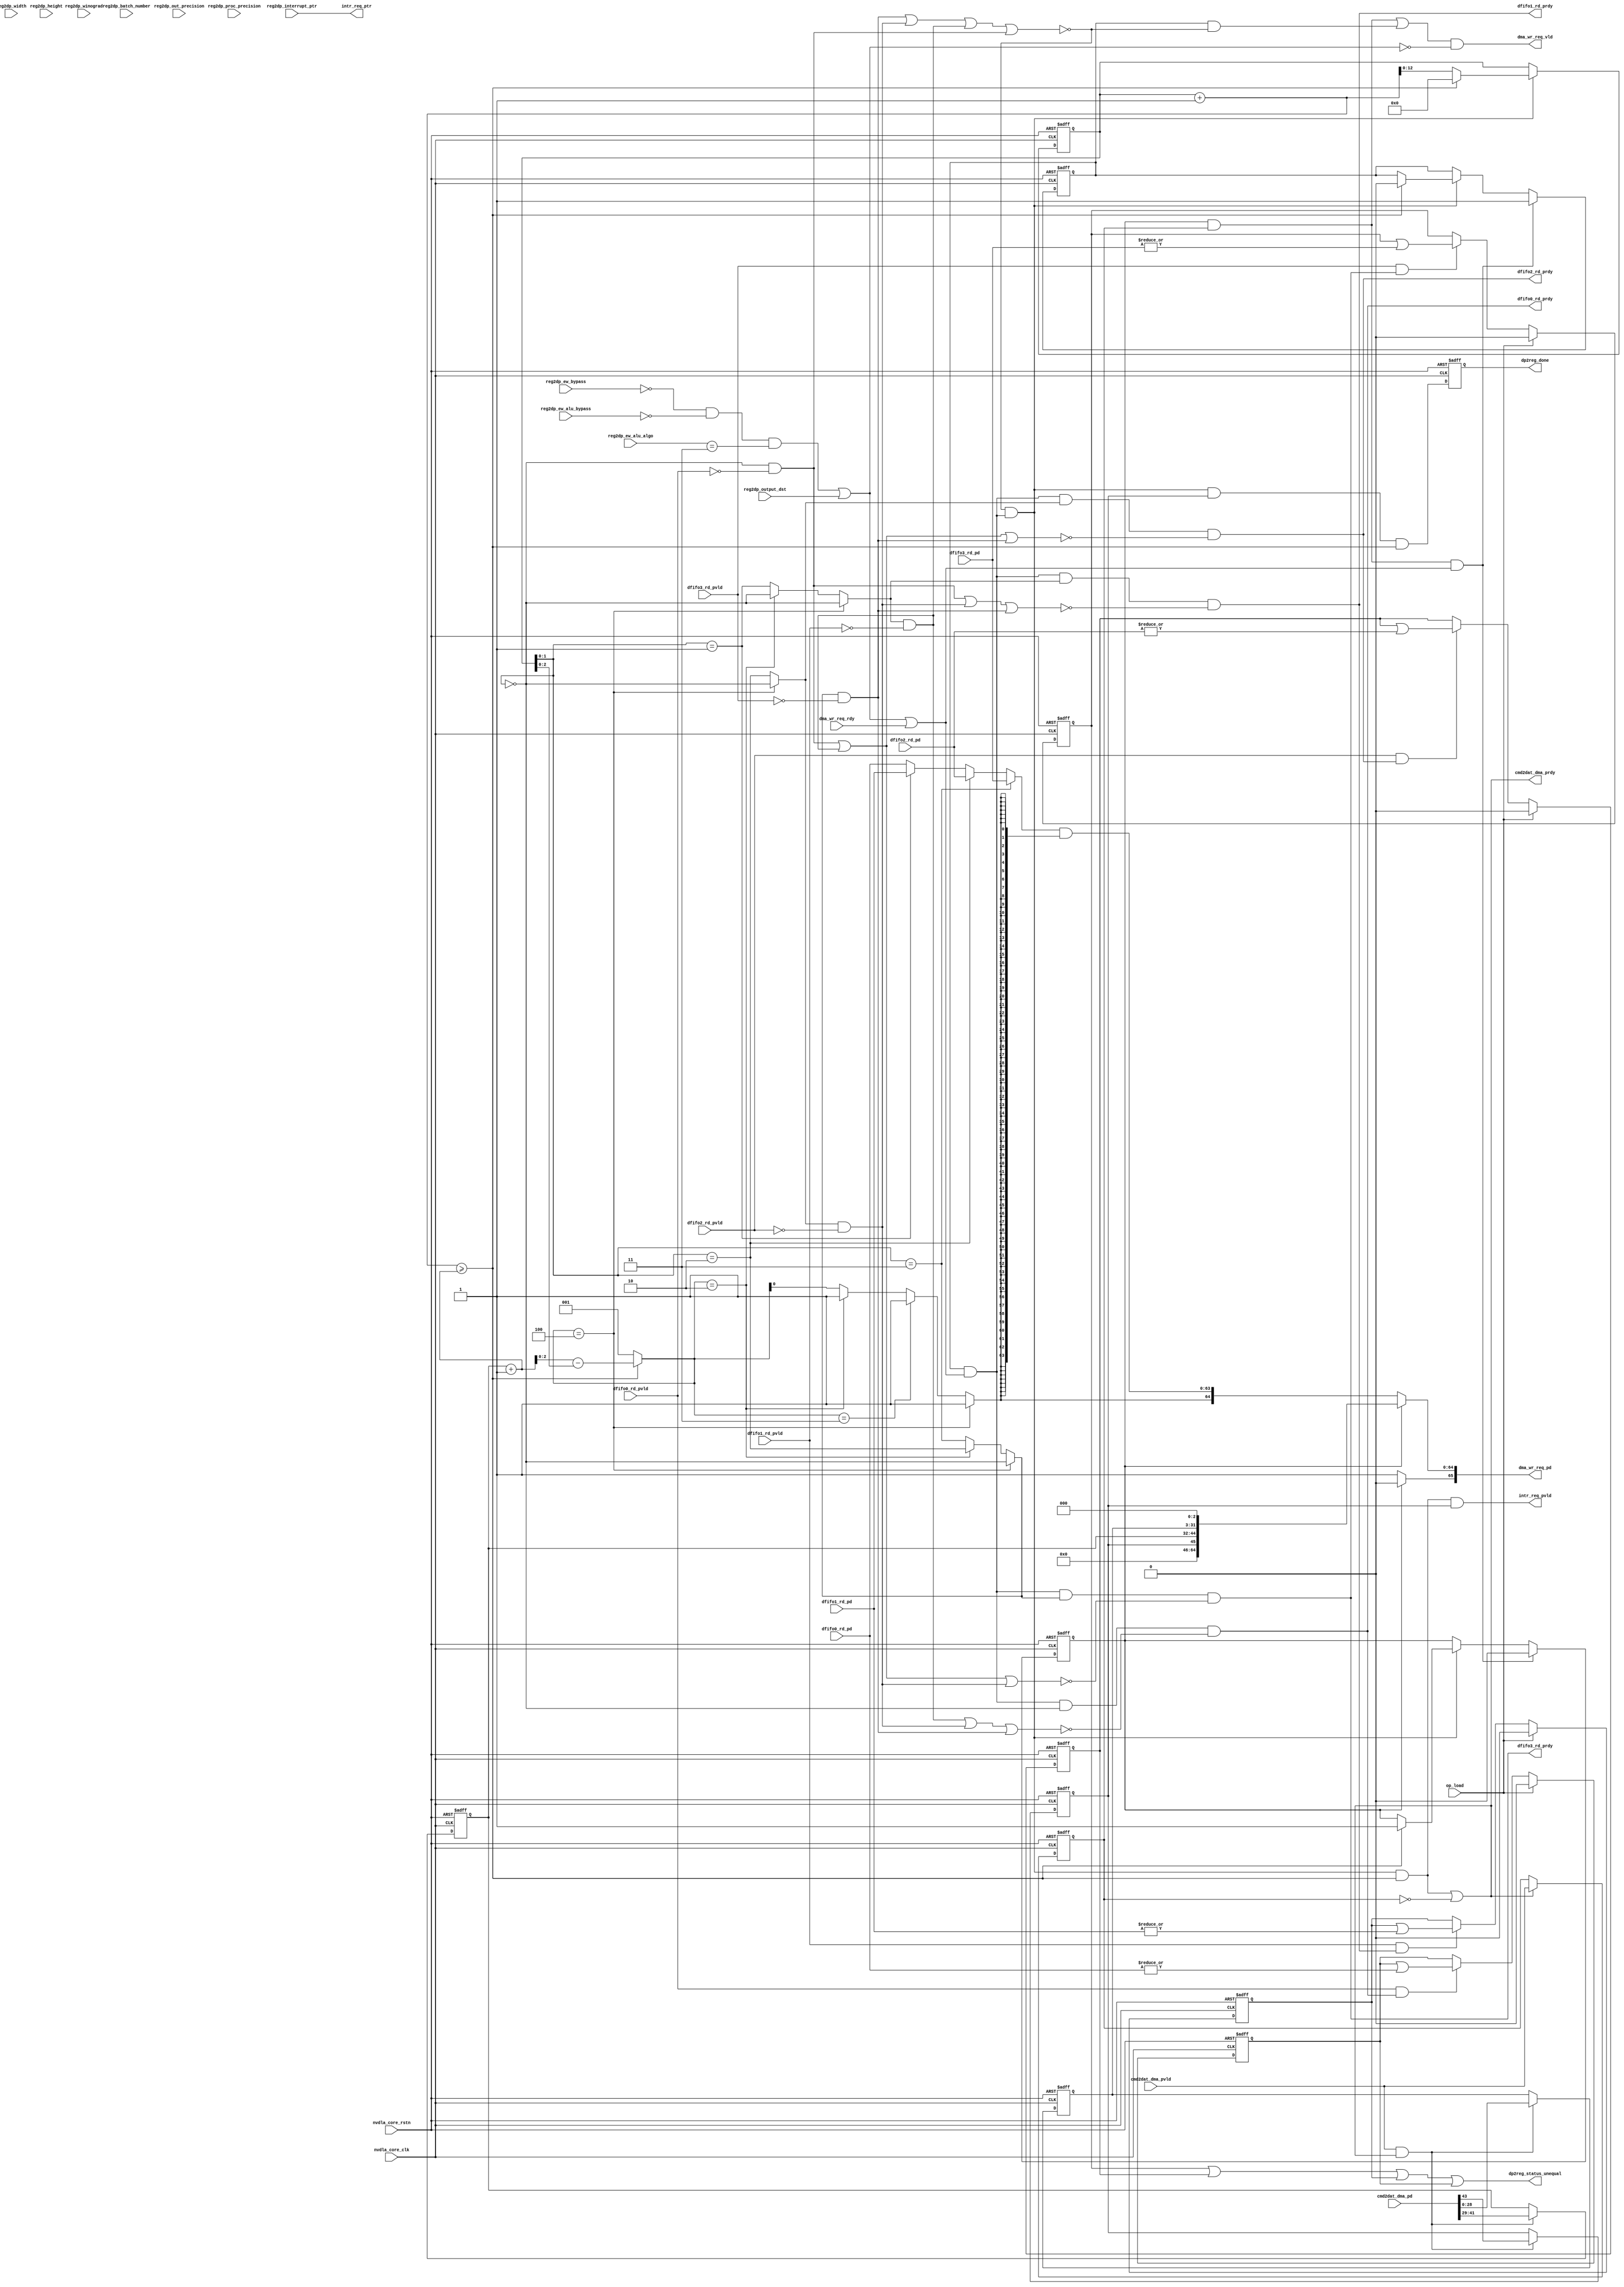
module NV_NVDLA_SDP_WDMA_DAT_out (
   nvdla_core_clk
  ,nvdla_core_rstn
  ,op_load
  ,cmd2dat_dma_pd
  ,cmd2dat_dma_pvld
  ,cmd2dat_dma_prdy
  ,dma_wr_req_pd
  ,dma_wr_req_vld
  ,dma_wr_req_rdy
  ,dfifo0_rd_pd
  ,dfifo0_rd_pvld
  ,dfifo1_rd_pd
  ,dfifo1_rd_pvld
  ,dfifo2_rd_pd
  ,dfifo2_rd_pvld
  ,dfifo3_rd_pd
  ,dfifo3_rd_pvld
  ,dfifo0_rd_prdy
  ,dfifo1_rd_prdy
  ,dfifo2_rd_prdy
  ,dfifo3_rd_prdy
  ,reg2dp_batch_number
  ,reg2dp_winograd
  ,reg2dp_height
  ,reg2dp_width
  ,reg2dp_output_dst
  ,reg2dp_ew_alu_algo
  ,reg2dp_ew_alu_bypass
  ,reg2dp_ew_bypass
  ,reg2dp_out_precision
  ,reg2dp_proc_precision
  ,reg2dp_interrupt_ptr
  ,dp2reg_done
  ,dp2reg_status_unequal
  ,intr_req_ptr
  ,intr_req_pvld
  );
//
// NV_NVDLA_SDP_WDMA_DAT_out_ports.v
//
input nvdla_core_clk;
input nvdla_core_rstn;
input op_load;
input dma_wr_req_rdy;
output [66 -1:0] dma_wr_req_pd;
output dma_wr_req_vld;
input cmd2dat_dma_pvld;
output cmd2dat_dma_prdy;
input [32 -3 +13 +1:0] cmd2dat_dma_pd;
input dfifo0_rd_pvld;
output dfifo0_rd_prdy;
input [8*8 -1:0] dfifo0_rd_pd;
input dfifo1_rd_pvld;
output dfifo1_rd_prdy;
input [8*8 -1:0] dfifo1_rd_pd;
input dfifo2_rd_pvld;
output dfifo2_rd_prdy;
input [8*8 -1:0] dfifo2_rd_pd;
input dfifo3_rd_pvld;
output dfifo3_rd_prdy;
input [8*8 -1:0] dfifo3_rd_pd;
input [4:0] reg2dp_batch_number;
input [1:0] reg2dp_ew_alu_algo;
input reg2dp_ew_alu_bypass;
input reg2dp_ew_bypass;
input [12:0] reg2dp_height;
input reg2dp_interrupt_ptr;
input [1:0] reg2dp_out_precision;
input reg2dp_output_dst;
input [1:0] reg2dp_proc_precision;
input [12:0] reg2dp_width;
input reg2dp_winograd;
output dp2reg_done;
output dp2reg_status_unequal;
output intr_req_ptr;
output intr_req_pvld;
reg [32 -3 -1:0] cmd_addr;
reg cmd_cube_end;
reg cmd_en;
reg [12:0] cmd_size;
reg cmd_vld;
reg dat_en;
reg dfifo0_unequal;
reg dfifo1_unequal;
reg dfifo2_unequal;
reg dfifo3_unequal;
reg [66 -1:0] dma_wr_req_pd;
reg dp2reg_done;
wire cfg_di_int8;
wire cfg_do_int16;
wire cfg_mode_1x1_pack;
wire cfg_mode_batch;
wire cfg_mode_eql;
wire cfg_mode_pdp;
wire cfg_mode_quite;
wire cfg_mode_winog;
wire [32 -3 -1:0] cmd2dat_dma_addr;
wire cmd2dat_dma_cube_end;
wire cmd2dat_dma_odd;
wire [12:0] cmd2dat_dma_size;
wire cmd_accept;
wire cmd_rdy;
wire dat_accept;
wire [4*8*8 -1:0] dat_pd;
wire dat_rdy;
wire dat_vld;
wire [32 -1:0] dma_wr_cmd_addr;
wire [32 +13:0] dma_wr_cmd_pd;
wire dma_wr_cmd_require_ack;
wire [12:0] dma_wr_cmd_size;
wire dma_wr_cmd_vld;
wire [64 -1:0] dma_wr_dat_data;
wire [3:0] dma_wr_dat_mask;
wire [66 -2:0] dma_wr_dat_pd;
wire dma_wr_dat_vld;
wire dma_wr_rdy;
wire is_last_beat;
wire layer_done;
wire [13:0] size_of_beat;
reg [12:0] beat_count;
wire [13:0] beat_count_nxt;
reg mon_beat_count;
wire [13:0] remain_beat;
wire mon_remain_beat;
wire [2:0] dfifo_rd_size;
assign cfg_mode_batch = (reg2dp_batch_number!=0);
assign cfg_mode_winog = reg2dp_winograd== 1'h1 ;
assign cfg_mode_eql = (reg2dp_ew_bypass== 1'h0 )
                      & (reg2dp_ew_alu_bypass== 1'h0 )
                      & (reg2dp_ew_alu_algo== 2'h3 );
assign cfg_mode_pdp = reg2dp_output_dst== 1'h1 ;
assign cfg_mode_quite = cfg_mode_eql | cfg_mode_pdp;
assign cfg_di_int8 = reg2dp_proc_precision == 0 ;
assign cfg_do_int16 = reg2dp_out_precision == 1 ;
assign cfg_mode_1x1_pack = (reg2dp_width==0) & (reg2dp_height==0);
//pop command data
assign cmd2dat_dma_addr[32 -3 -1:0] = cmd2dat_dma_pd[32 -3 -1:0];
assign cmd2dat_dma_size[12:0] = cmd2dat_dma_pd[32 -3 +13 -1:32 -3];
assign cmd2dat_dma_odd = cmd2dat_dma_pd[32 -3 +13];
assign cmd2dat_dma_cube_end = cmd2dat_dma_pd[32 -3 +13 +1];
assign cmd2dat_dma_prdy = cmd_rdy || !cmd_vld;
assign cmd_rdy = dat_accept & is_last_beat;
always @(posedge nvdla_core_clk or negedge nvdla_core_rstn) begin
  if (!nvdla_core_rstn) begin
    cmd_vld <= 1'b0;
  end else begin
  if ((cmd2dat_dma_prdy) == 1'b1) begin
    cmd_vld <= cmd2dat_dma_pvld;
//end else if ((cmd2dat_dma_prdy) == 1'b0) begin
//end else begin
// cmd_vld <= 1'bx;
  end
  end
end
`ifdef SPYGLASS_ASSERT_ON
`else
// spyglass disable_block NoWidthInBasedNum-ML
// spyglass disable_block STARC-2.10.3.2a
// spyglass disable_block STARC05-2.1.3.1
// spyglass disable_block STARC-2.1.4.6
// spyglass disable_block W116
// spyglass disable_block W154
// spyglass disable_block W239
// spyglass disable_block W362
// spyglass disable_block WRN_58
// spyglass disable_block WRN_61
`endif // SPYGLASS_ASSERT_ON
`ifdef ASSERT_ON
`ifdef FV_ASSERT_ON
`define ASSERT_RESET nvdla_core_rstn
`else
`ifdef SYNTHESIS
`define ASSERT_RESET nvdla_core_rstn
`else
`ifdef ASSERT_OFF_RESET_IS_X
`define ASSERT_RESET ((1'bx === nvdla_core_rstn) ? 1'b0 : nvdla_core_rstn)
`else
`define ASSERT_RESET ((1'bx === nvdla_core_rstn) ? 1'b1 : nvdla_core_rstn)
`endif // ASSERT_OFF_RESET_IS_X
`endif // SYNTHESIS
`endif // FV_ASSERT_ON
`ifndef SYNTHESIS
// VCS coverage off
  nv_assert_no_x #(0,1,0,"No X's allowed on control signals") zzz_assert_no_x_1x (nvdla_core_clk, `ASSERT_RESET, 1'd1, (^(cmd2dat_dma_prdy))); // spyglass disable W504 SelfDeterminedExpr-ML 
// VCS coverage on
`endif
`undef ASSERT_RESET
`endif // ASSERT_ON
`ifdef SPYGLASS_ASSERT_ON
`else
// spyglass enable_block NoWidthInBasedNum-ML
// spyglass enable_block STARC-2.10.3.2a
// spyglass enable_block STARC05-2.1.3.1
// spyglass enable_block STARC-2.1.4.6
// spyglass enable_block W116
// spyglass enable_block W154
// spyglass enable_block W239
// spyglass enable_block W362
// spyglass enable_block WRN_58
// spyglass enable_block WRN_61
`endif // SPYGLASS_ASSERT_ON
always @(posedge nvdla_core_clk or negedge nvdla_core_rstn) begin
  if (!nvdla_core_rstn) begin
    cmd_size <= {13{1'b0}};
  end else begin
  if ((cmd2dat_dma_pvld & cmd2dat_dma_prdy) == 1'b1) begin
    cmd_size <= cmd2dat_dma_size;
// VCS coverage off
//end else if ((cmd2dat_dma_pvld & cmd2dat_dma_prdy) == 1'b0) begin
//end else begin
// cmd_size <= 13'bx; // spyglass disable STARC-2.10.1.6 W443 NoWidthInBasedNum-ML -- (Constant containing x or z used, Based number `bx contains an X, Width specification missing for based number)
// VCS coverage on
  end
  end
end
`ifdef SPYGLASS_ASSERT_ON
`else
// spyglass disable_block NoWidthInBasedNum-ML
// spyglass disable_block STARC-2.10.3.2a
// spyglass disable_block STARC05-2.1.3.1
// spyglass disable_block STARC-2.1.4.6
// spyglass disable_block W116
// spyglass disable_block W154
// spyglass disable_block W239
// spyglass disable_block W362
// spyglass disable_block WRN_58
// spyglass disable_block WRN_61
`endif // SPYGLASS_ASSERT_ON
`ifdef ASSERT_ON
`ifdef FV_ASSERT_ON
`define ASSERT_RESET nvdla_core_rstn
`else
`ifdef SYNTHESIS
`define ASSERT_RESET nvdla_core_rstn
`else
`ifdef ASSERT_OFF_RESET_IS_X
`define ASSERT_RESET ((1'bx === nvdla_core_rstn) ? 1'b0 : nvdla_core_rstn)
`else
`define ASSERT_RESET ((1'bx === nvdla_core_rstn) ? 1'b1 : nvdla_core_rstn)
`endif // ASSERT_OFF_RESET_IS_X
`endif // SYNTHESIS
`endif // FV_ASSERT_ON
`ifndef SYNTHESIS
// VCS coverage off
  nv_assert_no_x #(0,1,0,"No X's allowed on control signals") zzz_assert_no_x_2x (nvdla_core_clk, `ASSERT_RESET, 1'd1, (^(cmd2dat_dma_pvld & cmd2dat_dma_prdy))); // spyglass disable W504 SelfDeterminedExpr-ML 
// VCS coverage on
`endif
`undef ASSERT_RESET
`endif // ASSERT_ON
`ifdef SPYGLASS_ASSERT_ON
`else
// spyglass enable_block NoWidthInBasedNum-ML
// spyglass enable_block STARC-2.10.3.2a
// spyglass enable_block STARC05-2.1.3.1
// spyglass enable_block STARC-2.1.4.6
// spyglass enable_block W116
// spyglass enable_block W154
// spyglass enable_block W239
// spyglass enable_block W362
// spyglass enable_block WRN_58
// spyglass enable_block WRN_61
`endif // SPYGLASS_ASSERT_ON
always @(posedge nvdla_core_clk or negedge nvdla_core_rstn) begin
  if (!nvdla_core_rstn) begin
    cmd_addr <= {(32 -3){1'b0}};
  end else begin
  if ((cmd2dat_dma_pvld & cmd2dat_dma_prdy) == 1'b1) begin
    cmd_addr <= cmd2dat_dma_addr;
// VCS coverage off
  end
  end
end
`ifdef SPYGLASS_ASSERT_ON
`else
// spyglass disable_block NoWidthInBasedNum-ML
// spyglass disable_block STARC-2.10.3.2a
// spyglass disable_block STARC05-2.1.3.1
// spyglass disable_block STARC-2.1.4.6
// spyglass disable_block W116
// spyglass disable_block W154
// spyglass disable_block W239
// spyglass disable_block W362
// spyglass disable_block WRN_58
// spyglass disable_block WRN_61
`endif // SPYGLASS_ASSERT_ON
`ifdef ASSERT_ON
`ifdef FV_ASSERT_ON
`define ASSERT_RESET nvdla_core_rstn
`else
`ifdef SYNTHESIS
`define ASSERT_RESET nvdla_core_rstn
`else
`ifdef ASSERT_OFF_RESET_IS_X
`define ASSERT_RESET ((1'bx === nvdla_core_rstn) ? 1'b0 : nvdla_core_rstn)
`else
`define ASSERT_RESET ((1'bx === nvdla_core_rstn) ? 1'b1 : nvdla_core_rstn)
`endif // ASSERT_OFF_RESET_IS_X
`endif // SYNTHESIS
`endif // FV_ASSERT_ON
`ifndef SYNTHESIS
// VCS coverage off
  nv_assert_no_x #(0,1,0,"No X's allowed on control signals") zzz_assert_no_x_3x (nvdla_core_clk, `ASSERT_RESET, 1'd1, (^(cmd2dat_dma_pvld & cmd2dat_dma_prdy))); // spyglass disable W504 SelfDeterminedExpr-ML 
// VCS coverage on
`endif
`undef ASSERT_RESET
`endif // ASSERT_ON
`ifdef SPYGLASS_ASSERT_ON
`else
// spyglass enable_block NoWidthInBasedNum-ML
// spyglass enable_block STARC-2.10.3.2a
// spyglass enable_block STARC05-2.1.3.1
// spyglass enable_block STARC-2.1.4.6
// spyglass enable_block W116
// spyglass enable_block W154
// spyglass enable_block W239
// spyglass enable_block W362
// spyglass enable_block WRN_58
// spyglass enable_block WRN_61
`endif // SPYGLASS_ASSERT_ON
reg cmd_odd;
always @(posedge nvdla_core_clk or negedge nvdla_core_rstn) begin
  if (!nvdla_core_rstn) begin
    cmd_odd <= 1'b0;
  end else begin
  if ((cmd2dat_dma_pvld & cmd2dat_dma_prdy) == 1'b1) begin
    cmd_odd <= cmd2dat_dma_odd;
// VCS coverage off
//end else if ((cmd2dat_dma_pvld & cmd2dat_dma_prdy) == 1'b0) begin
//end else begin
// cmd_odd <= 1'bx; // spyglass disable STARC-2.10.1.6 W443 NoWidthInBasedNum-ML -- (Constant containing x or z used, Based number `bx contains an X, Width specification missing for based number)
// VCS coverage on
  end
  end
end
`ifdef SPYGLASS_ASSERT_ON
`else
// spyglass disable_block NoWidthInBasedNum-ML
// spyglass disable_block STARC-2.10.3.2a
// spyglass disable_block STARC05-2.1.3.1
// spyglass disable_block STARC-2.1.4.6
// spyglass disable_block W116
// spyglass disable_block W154
// spyglass disable_block W239
// spyglass disable_block W362
// spyglass disable_block WRN_58
// spyglass disable_block WRN_61
`endif // SPYGLASS_ASSERT_ON
`ifdef ASSERT_ON
`ifdef FV_ASSERT_ON
`define ASSERT_RESET nvdla_core_rstn
`else
`ifdef SYNTHESIS
`define ASSERT_RESET nvdla_core_rstn
`else
`ifdef ASSERT_OFF_RESET_IS_X
`define ASSERT_RESET ((1'bx === nvdla_core_rstn) ? 1'b0 : nvdla_core_rstn)
`else
`define ASSERT_RESET ((1'bx === nvdla_core_rstn) ? 1'b1 : nvdla_core_rstn)
`endif // ASSERT_OFF_RESET_IS_X
`endif // SYNTHESIS
`endif // FV_ASSERT_ON
`ifndef SYNTHESIS
// VCS coverage off
  nv_assert_no_x #(0,1,0,"No X's allowed on control signals") zzz_assert_no_x_4x (nvdla_core_clk, `ASSERT_RESET, 1'd1, (^(cmd2dat_dma_pvld & cmd2dat_dma_prdy))); // spyglass disable W504 SelfDeterminedExpr-ML 
// VCS coverage on
`endif
`undef ASSERT_RESET
`endif // ASSERT_ON
`ifdef SPYGLASS_ASSERT_ON
`else
// spyglass enable_block NoWidthInBasedNum-ML
// spyglass enable_block STARC-2.10.3.2a
// spyglass enable_block STARC05-2.1.3.1
// spyglass enable_block STARC-2.1.4.6
// spyglass enable_block W116
// spyglass enable_block W154
// spyglass enable_block W239
// spyglass enable_block W362
// spyglass enable_block WRN_58
// spyglass enable_block WRN_61
`endif // SPYGLASS_ASSERT_ON
always @(posedge nvdla_core_clk or negedge nvdla_core_rstn) begin
  if (!nvdla_core_rstn) begin
    cmd_cube_end <= 1'b0;
  end else begin
  if ((cmd2dat_dma_pvld & cmd2dat_dma_prdy) == 1'b1) begin
    cmd_cube_end <= cmd2dat_dma_cube_end;
// VCS coverage off
//end else if ((cmd2dat_dma_pvld & cmd2dat_dma_prdy) == 1'b0) begin
//end else begin
// cmd_cube_end <= 1'bx; // spyglass disable STARC-2.10.1.6 W443 NoWidthInBasedNum-ML -- (Constant containing x or z used, Based number `bx contains an X, Width specification missing for based number)
// VCS coverage on
  end
  end
end
`ifdef SPYGLASS_ASSERT_ON
`else
// spyglass disable_block NoWidthInBasedNum-ML
// spyglass disable_block STARC-2.10.3.2a
// spyglass disable_block STARC05-2.1.3.1
// spyglass disable_block STARC-2.1.4.6
// spyglass disable_block W116
// spyglass disable_block W154
// spyglass disable_block W239
// spyglass disable_block W362
// spyglass disable_block WRN_58
// spyglass disable_block WRN_61
`endif // SPYGLASS_ASSERT_ON
`ifdef ASSERT_ON
`ifdef FV_ASSERT_ON
`define ASSERT_RESET nvdla_core_rstn
`else
`ifdef SYNTHESIS
`define ASSERT_RESET nvdla_core_rstn
`else
`ifdef ASSERT_OFF_RESET_IS_X
`define ASSERT_RESET ((1'bx === nvdla_core_rstn) ? 1'b0 : nvdla_core_rstn)
`else
`define ASSERT_RESET ((1'bx === nvdla_core_rstn) ? 1'b1 : nvdla_core_rstn)
`endif // ASSERT_OFF_RESET_IS_X
`endif // SYNTHESIS
`endif // FV_ASSERT_ON
`ifndef SYNTHESIS
// VCS coverage off
  nv_assert_no_x #(0,1,0,"No X's allowed on control signals") zzz_assert_no_x_5x (nvdla_core_clk, `ASSERT_RESET, 1'd1, (^(cmd2dat_dma_pvld & cmd2dat_dma_prdy))); // spyglass disable W504 SelfDeterminedExpr-ML 
// VCS coverage on
`endif
`undef ASSERT_RESET
`endif // ASSERT_ON
`ifdef SPYGLASS_ASSERT_ON
`else
// spyglass enable_block NoWidthInBasedNum-ML
// spyglass enable_block STARC-2.10.3.2a
// spyglass enable_block STARC05-2.1.3.1
// spyglass enable_block STARC-2.1.4.6
// spyglass enable_block W116
// spyglass enable_block W154
// spyglass enable_block W239
// spyglass enable_block W362
// spyglass enable_block WRN_58
// spyglass enable_block WRN_61
`endif // SPYGLASS_ASSERT_ON
// Switch between CMD/DAT pkt
always @(posedge nvdla_core_clk or negedge nvdla_core_rstn) begin
  if (!nvdla_core_rstn) begin
    cmd_en <= 1'b1;
    dat_en <= 1'b0;
  end else begin
    if (cmd_accept) begin
        cmd_en <= 1'b0;
        dat_en <= 1'b1;
    end else if (dat_accept) begin
        if (is_last_beat) begin
            cmd_en <= 1'b1;
            dat_en <= 1'b0;
        end
    end
  end
end
wire [2:0] size_of_atom = 1;
assign size_of_beat = cmd_size[12:0] + 1;
assign beat_count_nxt = beat_count + size_of_atom;
always @(posedge nvdla_core_clk or negedge nvdla_core_rstn) begin
  if (!nvdla_core_rstn) begin
      {mon_beat_count,beat_count} <= 14'h0;
  end else begin
    if (dat_accept) begin
        if (is_last_beat) begin
            {mon_beat_count,beat_count} <= 14'h0;
        end else begin
            {mon_beat_count,beat_count} <= beat_count_nxt;
        end
    end
  end
end
assign is_last_beat = beat_count_nxt >= size_of_beat;
assign {mon_remain_beat,remain_beat} = size_of_beat - beat_count;
assign dfifo_rd_size[2:0] = is_last_beat ? remain_beat[2:0] : size_of_atom;
wire dfifo0_rd_en = dfifo_rd_size == 3'h4 ? beat_count[1:0] == 2'h0 : dfifo_rd_size == 3'h2 ? beat_count[1:0] == 2'h0 : beat_count[1:0] == 2'h0;
wire dfifo1_rd_en = dfifo_rd_size == 3'h4 ? beat_count[1:0] == 2'h0 : dfifo_rd_size == 3'h2 ? beat_count[1:0] == 2'h0 : beat_count[1:0] == 2'h1;
wire dfifo2_rd_en = dfifo_rd_size == 3'h4 ? beat_count[1:0] == 2'h0 : dfifo_rd_size == 3'h2 ? beat_count[1:0] == 2'h2 : beat_count[1:0] == 2'h2;
wire dfifo3_rd_en = dfifo_rd_size == 3'h4 ? beat_count[1:0] == 2'h0 : dfifo_rd_size == 3'h2 ? beat_count[1:0] == 2'h2 : beat_count[1:0] == 2'h3;
assign dfifo0_rd_prdy = dat_rdy & dfifo0_rd_en & ~(dfifo1_rd_en & ~dfifo1_rd_pvld | dfifo2_rd_en & ~dfifo2_rd_pvld | dfifo3_rd_en & ~dfifo3_rd_pvld);
assign dfifo1_rd_prdy = dat_rdy & dfifo1_rd_en & ~(dfifo0_rd_en & ~dfifo0_rd_pvld | dfifo2_rd_en & ~dfifo2_rd_pvld | dfifo3_rd_en & ~dfifo3_rd_pvld);
assign dfifo2_rd_prdy = dat_rdy & dfifo2_rd_en & ~(dfifo0_rd_en & ~dfifo0_rd_pvld | dfifo1_rd_en & ~dfifo1_rd_pvld | dfifo3_rd_en & ~dfifo3_rd_pvld);
assign dfifo3_rd_prdy = dat_rdy & dfifo3_rd_en & ~(dfifo0_rd_en & ~dfifo0_rd_pvld | dfifo1_rd_en & ~dfifo1_rd_pvld | dfifo2_rd_en & ~dfifo2_rd_pvld);
assign dat_vld = ~(dfifo3_rd_en & ~dfifo3_rd_pvld | dfifo2_rd_en & ~dfifo2_rd_pvld | dfifo1_rd_en & ~dfifo1_rd_pvld | dfifo0_rd_en & ~dfifo0_rd_pvld);
wire [4*8*8 -1:0] dat_pd_atom4 = {dfifo3_rd_pd , dfifo2_rd_pd , dfifo1_rd_pd , dfifo0_rd_pd};
wire [4*8*8 -1:0] dat_pd_atom2 = beat_count[1:0] == 2'h2 ? {{(2*8*8){1'b0}},dfifo3_rd_pd , dfifo2_rd_pd} : {{(2*8*8){1'b0}},dfifo1_rd_pd , dfifo0_rd_pd};
wire [4*8*8 -1:0] dat_pd_atom1 = beat_count[1:0] == 2'h3 ? {{(3*8*8){1'b0}},dfifo3_rd_pd} : beat_count[1:0] == 2'h2 ? {{(3*8*8){1'b0}},dfifo2_rd_pd} :
                                   beat_count[1:0] == 2'h1 ? {{(3*8*8){1'b0}},dfifo1_rd_pd} : {{(3*8*8){1'b0}},dfifo0_rd_pd};
wire [4*8*8 -1:0] dat_pd_mux = size_of_atom == 3'h4 ? dat_pd_atom4 : size_of_atom == 3'h2 ? dat_pd_atom2 : dat_pd_atom1;
assign dat_pd = dat_pd_mux & {{8*8{dma_wr_dat_mask[3]}},{8*8{dma_wr_dat_mask[2]}},{8*8{dma_wr_dat_mask[1]}},{8*8{dma_wr_dat_mask[0]}}};
assign dat_rdy = dat_en & dma_wr_rdy;
assign dat_accept = dat_vld & dat_rdy;
assign cmd_accept = cmd_en & cmd_vld & dma_wr_rdy;
assign dma_wr_rdy = cfg_mode_quite || dma_wr_req_rdy;
//===========================
// DMA OUTPUT
//===========================
// packet: cmd
assign dma_wr_cmd_vld = cmd_en & cmd_vld;
assign dma_wr_cmd_addr = {cmd_addr,{3{1'b0}}};
assign dma_wr_cmd_size = cmd_size;
assign dma_wr_cmd_require_ack = cmd_cube_end;
assign dma_wr_cmd_pd[32 -1:0] = dma_wr_cmd_addr[32 -1:0];
assign dma_wr_cmd_pd[32 +12:32] = dma_wr_cmd_size[12:0];
assign dma_wr_cmd_pd[32 +13] = dma_wr_cmd_require_ack ;
assign dma_wr_dat_vld = dat_en & dat_vld;
assign dma_wr_dat_mask[3:0] = dfifo_rd_size == 3'h4 ? 4'hf : dfifo_rd_size == 3'h3 ? 4'h7 : dfifo_rd_size == 3'h2 ? 4'h3 : dfifo_rd_size;
assign dma_wr_dat_data = dat_pd[64 -1:0];
assign dma_wr_dat_pd[64 -1:0] = dma_wr_dat_data[64 -1:0];
assign dma_wr_dat_pd[66 -2:64] = dma_wr_dat_mask[1 -1:0];
assign dma_wr_req_vld = (dma_wr_cmd_vld | dma_wr_dat_vld) & !cfg_mode_quite;
always @(
  cmd_en
  or dma_wr_cmd_pd
  or dma_wr_dat_pd
  ) begin
    dma_wr_req_pd[66 -2:0] = 0;
    if (cmd_en) begin
        dma_wr_req_pd[66 -2:0] = {{(66 -46 -1){1'b0}},dma_wr_cmd_pd};
    end else begin
//#if (NVDLA_DMA_WR_DAT < 66 -1)
// dma_wr_req_pd[66 -2:0] = {{(66 -NVDLA_DMA_WR_DAT-1){1'b0}},dma_wr_dat_pd};
//#else
        dma_wr_req_pd[66 -2:0] = dma_wr_dat_pd;
//#endif
    end
        dma_wr_req_pd[66 -1] = cmd_en ? 1'd0 : 1'd1 ;
end
//=================================================
// Count the Equal Bit in EQ Mode
//=================================================
always @(posedge nvdla_core_clk or negedge nvdla_core_rstn) begin
  if (!nvdla_core_rstn) begin
    dfifo0_unequal <= 1'b0;
  end else begin
   if (op_load) begin
       dfifo0_unequal <= 1'b0;
   end else begin
       if (dfifo0_rd_pvld & dfifo0_rd_prdy) begin
           dfifo0_unequal <= dfifo0_unequal | (|dfifo0_rd_pd);
       end
   end
  end
end
always @(posedge nvdla_core_clk or negedge nvdla_core_rstn) begin
  if (!nvdla_core_rstn) begin
    dfifo1_unequal <= 1'b0;
  end else begin
   if (op_load) begin
       dfifo1_unequal <= 1'b0;
   end else begin
       if (dfifo1_rd_pvld & dfifo1_rd_prdy) begin
           dfifo1_unequal <= dfifo1_unequal | (|dfifo1_rd_pd);
       end
   end
  end
end
always @(posedge nvdla_core_clk or negedge nvdla_core_rstn) begin
  if (!nvdla_core_rstn) begin
    dfifo2_unequal <= 1'b0;
  end else begin
   if (op_load) begin
       dfifo2_unequal <= 1'b0;
   end else begin
       if (dfifo2_rd_pvld & dfifo2_rd_prdy) begin
           dfifo2_unequal <= dfifo2_unequal | (|dfifo2_rd_pd);
       end
   end
  end
end
always @(posedge nvdla_core_clk or negedge nvdla_core_rstn) begin
  if (!nvdla_core_rstn) begin
    dfifo3_unequal <= 1'b0;
  end else begin
   if (op_load) begin
       dfifo3_unequal <= 1'b0;
   end else begin
       if (dfifo3_rd_pvld & dfifo3_rd_prdy) begin
           dfifo3_unequal <= dfifo3_unequal | (|dfifo3_rd_pd);
       end
   end
  end
end
assign dp2reg_status_unequal = dfifo3_unequal | dfifo2_unequal | dfifo1_unequal | dfifo0_unequal;
//===========================
// op_done
//===========================
assign layer_done = dat_accept & cmd_cube_end & is_last_beat;
always @(posedge nvdla_core_clk or negedge nvdla_core_rstn) begin
  if (!nvdla_core_rstn) begin
    dp2reg_done <= 1'b0;
  end else begin
  dp2reg_done <= layer_done;
  end
end
//==============
// INTR Interface
//==============
assign intr_req_ptr = reg2dp_interrupt_ptr;
assign intr_req_pvld = dat_accept & is_last_beat & cmd_cube_end;
//==============
// FUNCTION POINT
//==============
//VCS coverage off
`ifndef DISABLE_FUNCPOINT
  `ifdef ENABLE_FUNCPOINT
    reg funcpoint_cover_off;
    initial begin
        if ( $test$plusargs( "cover_off" ) ) begin
            funcpoint_cover_off = 1'b1;
        end else begin
            funcpoint_cover_off = 1'b0;
        end
    end
    property sdp_wdma_dout__interrupt_point0__0_cov;
        disable iff((nvdla_core_rstn !== 1) || funcpoint_cover_off)
        @(posedge nvdla_core_clk)
        ((intr_req_pvld) && nvdla_core_rstn) |-> (intr_req_ptr==0);
    endproperty
// Cover 0 : "intr_req_ptr==0"
    FUNCPOINT_sdp_wdma_dout__interrupt_point0__0_COV : cover property (sdp_wdma_dout__interrupt_point0__0_cov);
  `endif
`endif
//VCS coverage on
//VCS coverage off
`ifndef DISABLE_FUNCPOINT
  `ifdef ENABLE_FUNCPOINT
    property sdp_wdma_dout__interrupt_point1__1_cov;
        disable iff((nvdla_core_rstn !== 1) || funcpoint_cover_off)
        @(posedge nvdla_core_clk)
        ((intr_req_pvld) && nvdla_core_rstn) |-> (intr_req_ptr==1);
    endproperty
// Cover 1 : "intr_req_ptr==1"
    FUNCPOINT_sdp_wdma_dout__interrupt_point1__1_COV : cover property (sdp_wdma_dout__interrupt_point1__1_cov);
  `endif
`endif
//VCS coverage on
endmodule